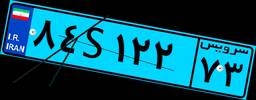
۰۰S۳۴۸۵۸